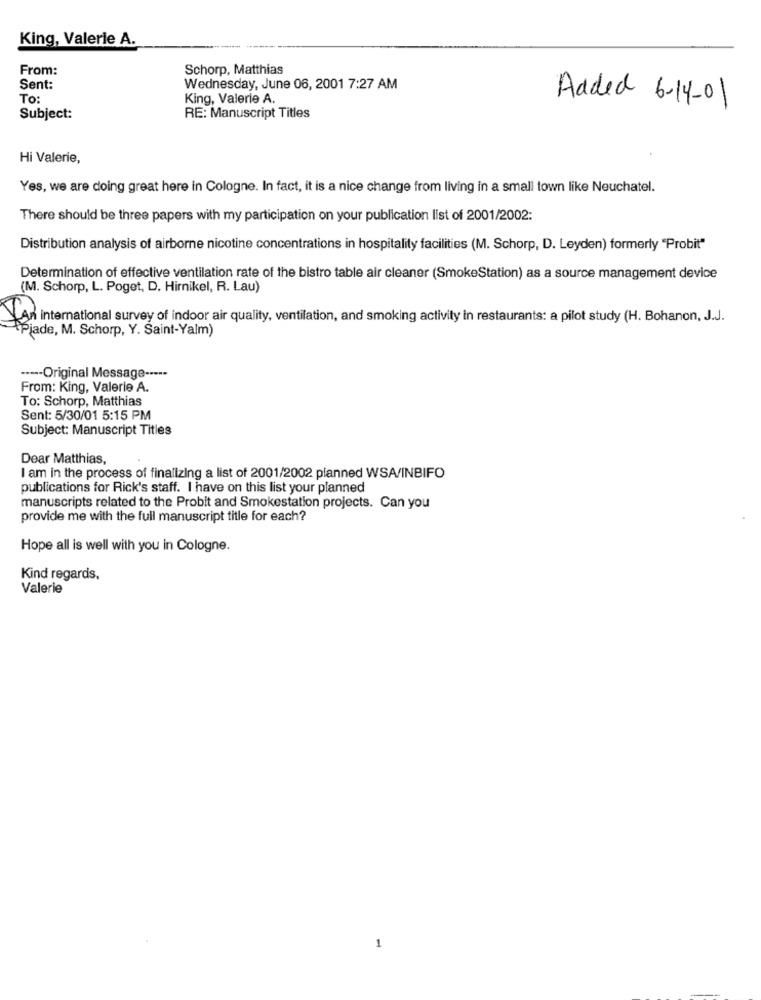
King, Valerie A.
From:
Schorp, Matthias
Sent:
Wednesday, June 06, 2001 7:27 AM
To:
King, Valerie A.
Added 6-14-01
Subject:
RE: Manuscript Titles
Hi Valerie,
Yes, we are doing great here in Cologne. In fact, it is a nice change from living in a small town like Neuchatel.
There should be three papers with my participation on your publication list of 2001/2002:
Distribution analysis of airborne nicotine concentrations in hospitality facilities (M. Schorp, D. Leyden) formerly "Probit"
Determination of effective ventilation rate of the bistro table air cleaner (SmokeStation) as a source management device
(M. Schorp, L. Poget, D. Hirnikel, R. Lau)
An international survey of indoor air quality, ventilation, and smoking activity in restaurants: a pilot study (H. Bohanon, J.J.
Piade, M. Schorp, Y. Saint-Yalm)
----- Original Message -----
From: King, Valerie A.
To: Schorp, Matthias
Sent: 5/30/01 5:15 PM
Subject: Manuscript Titles
Dear Matthias,
I am in the process of finalizing a list of 2001/2002 planned WSA/INBIFO
publications for Rick's staff. I have on this list your planned
manuscripts related to the Probit and Smokestation projects. Can you
provide me with the full manuscript title for each?
Hope all is well with you in Cologne.
Kind regards,
Valerie
1